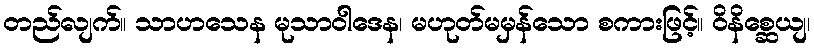
တည်လျက်။ သာဟသေန မုသာဝါဒေန၊ မဟုတ်မမှန်သော စကားဖြင့်။ ဝိနိစ္ဆေယျ၊